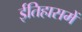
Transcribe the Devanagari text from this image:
ईतिहासमें